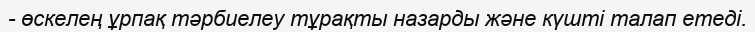
- өскелең ұрпақ тәрбиелеу тұрақты назарды және күшті талап етеді.